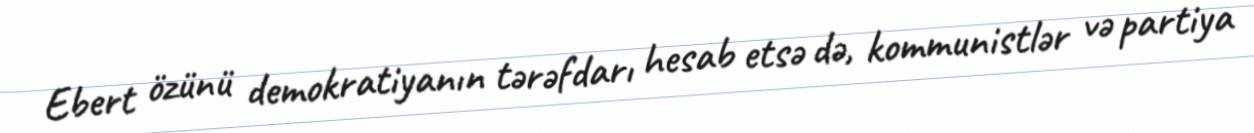
Ebert özünü demokratiyanın tərəfdarı hesab etsə də, kommunistlər və partiya